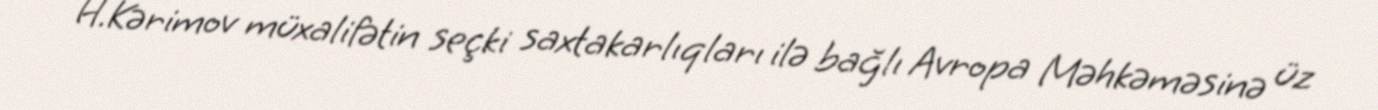
H.Kərimov müxalifətin seçki saxtakarlıqları ilə bağlı Avropa Məhkəməsinə üz